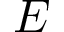
{ \cal E }